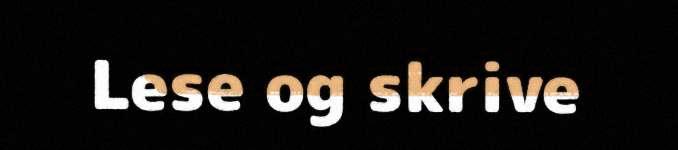
Lese og skrive